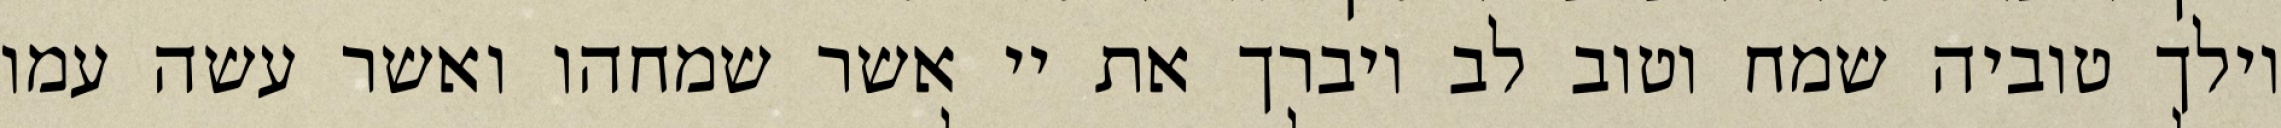
וילך טוביה שמח וטוב לב ויברך את יי אשר שמחהו ואשר עשה עמו